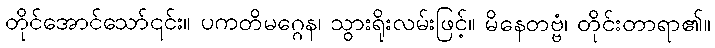
တိုင်အောင်သော်၎င်း။ ပကတိမဂ္ဂေန၊ သွားရိုးလမ်းဖြင့်။ မိနေတဗ္ဗံ၊ တိုင်းတာရာ၏။